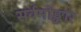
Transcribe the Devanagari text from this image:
सर्वमोंङ्कार